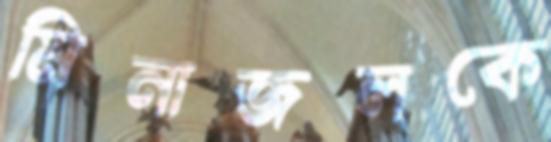
মিনাজলকে